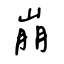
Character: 崩